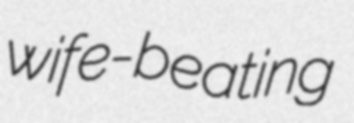
wife-beating